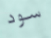
سود